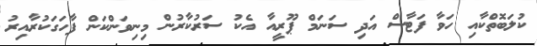
ކުލަބޮތްކާއި ހަވާ ފަޓާސް އަދި ސަނަމް ޕޫރީއާ އެކު ސަރުކާރުން މިނިވަންކަން ފާހަގަކުރާއިރު